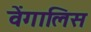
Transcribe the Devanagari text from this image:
वेंगालिस